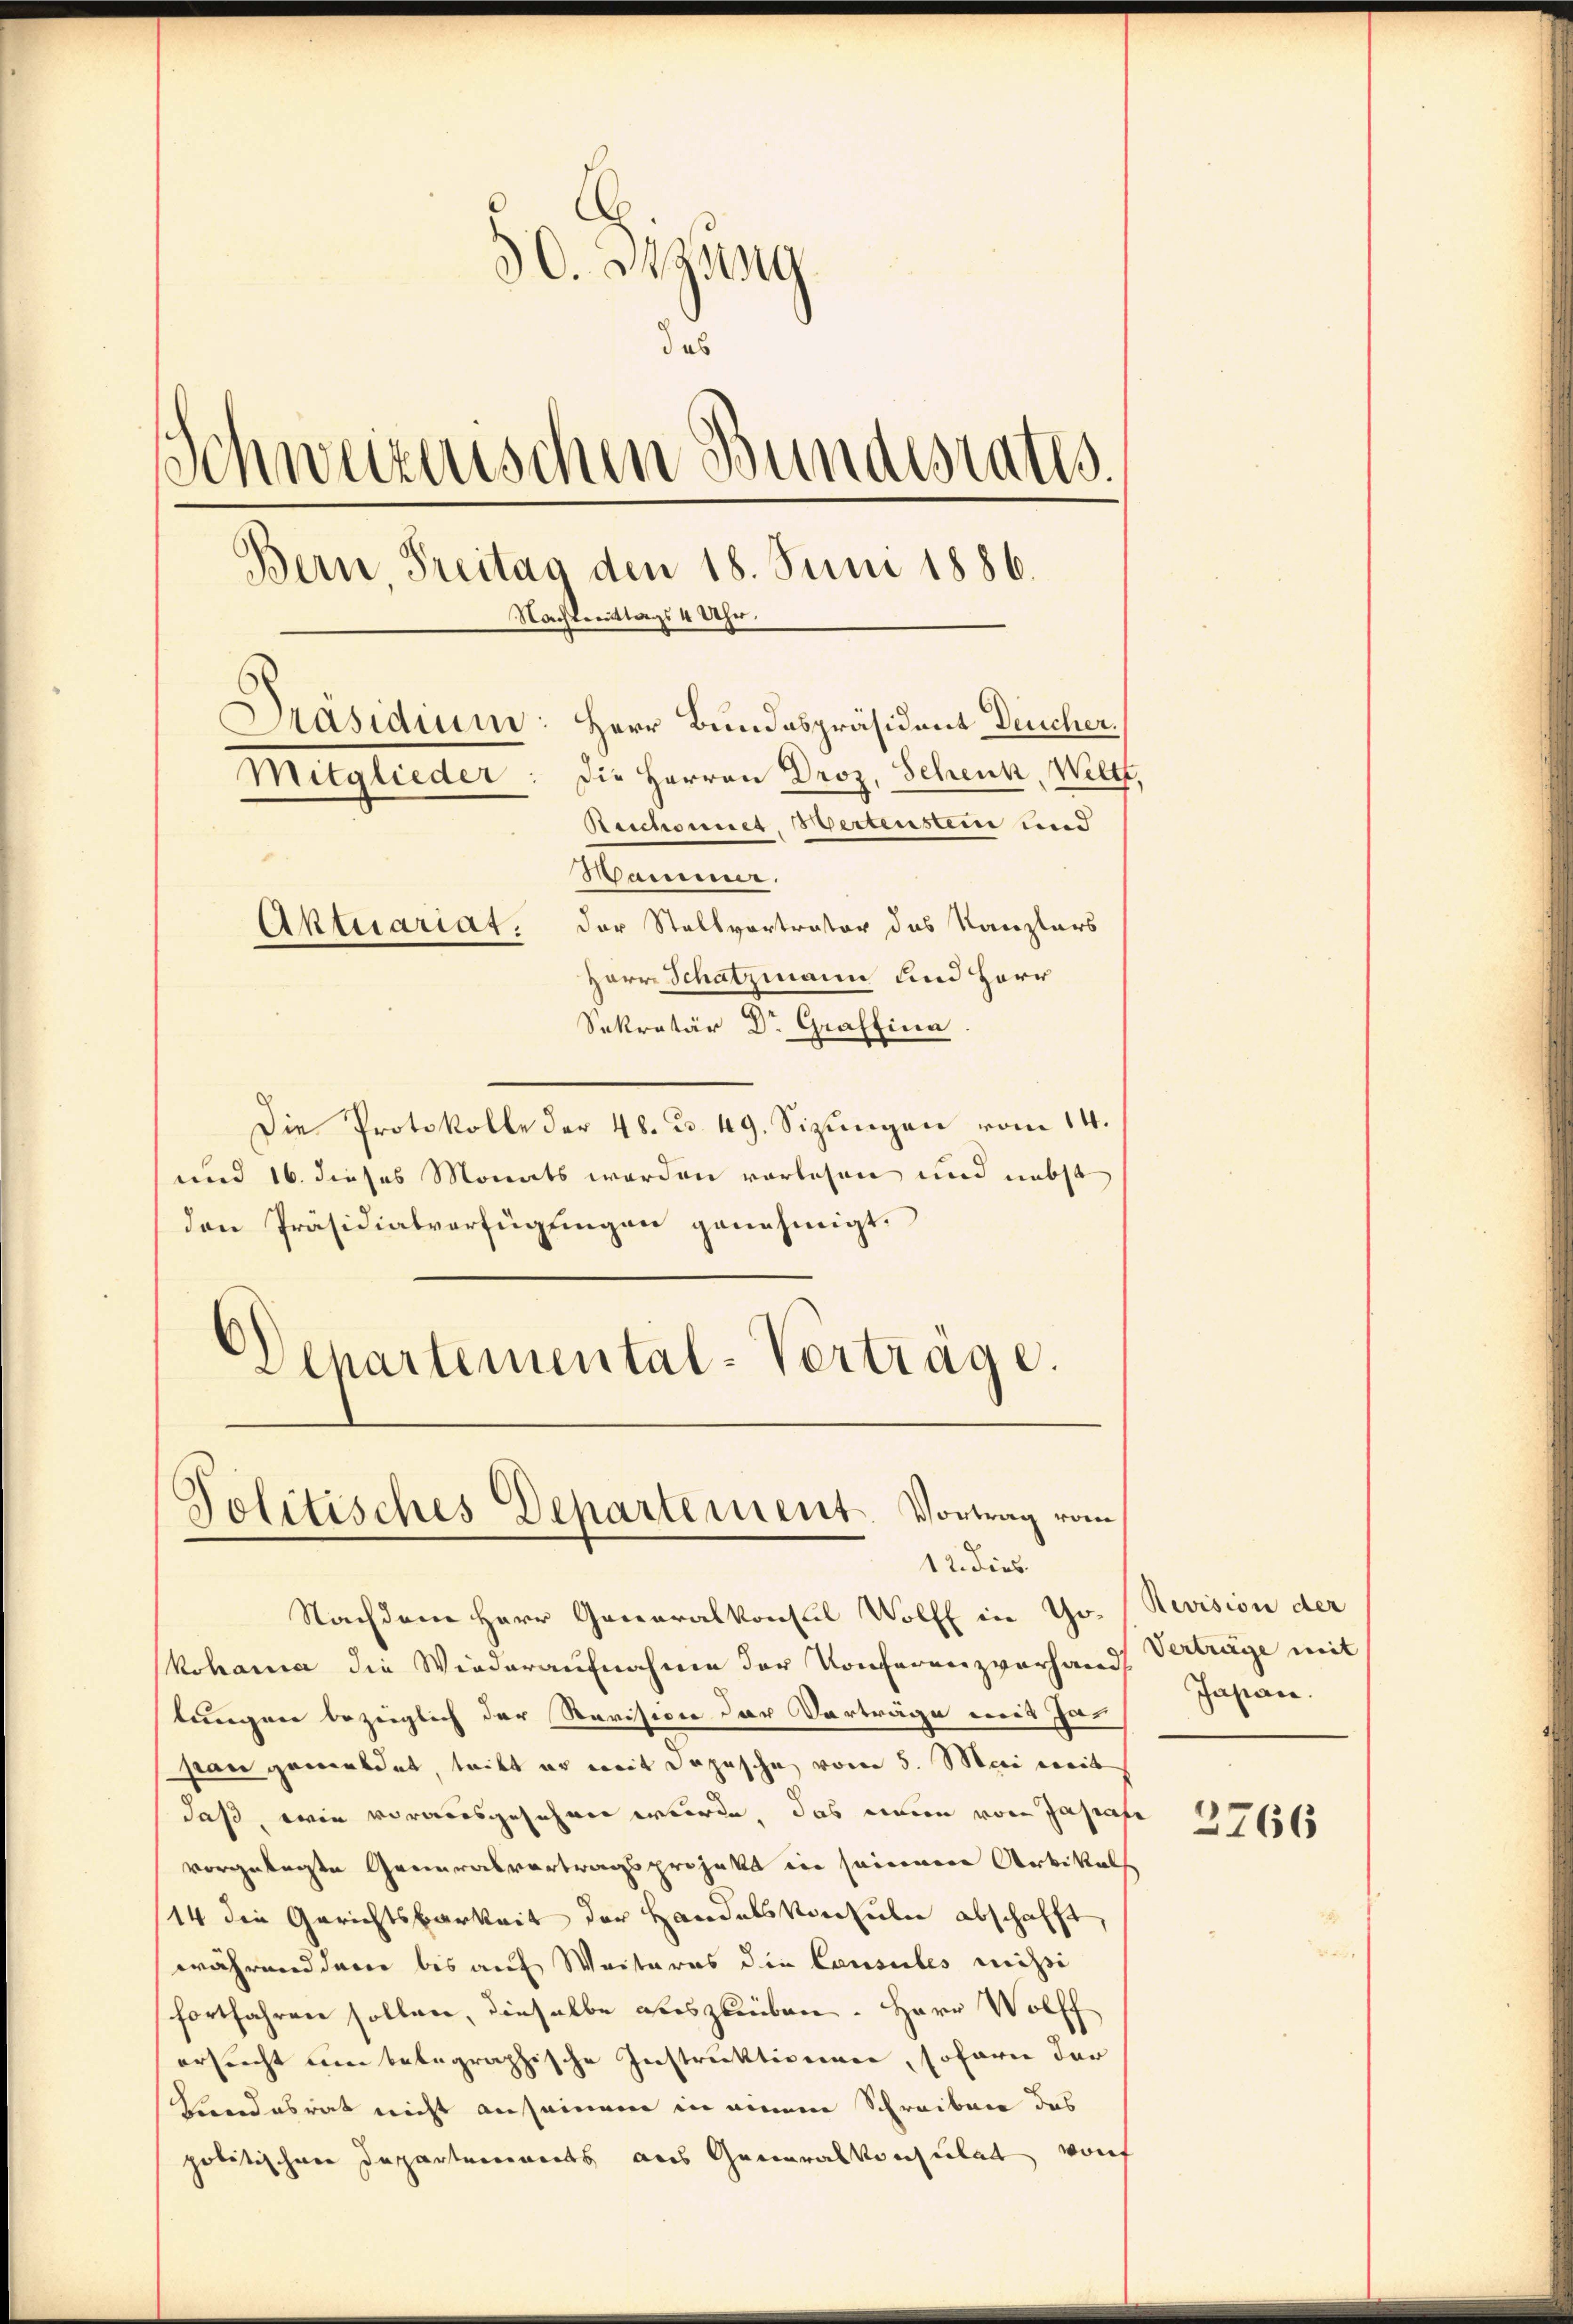
30. Dezung
das
Schweizerischen Bundesrates.
Bern, Freitag den 18. Juni 1886.
Nachtmittags 4 Uhr.
Präsidium: Herr Bundespräsident Deucher,
Mitglieder: Die Herren Droz. Schenk, Weltz,
Reichonnet Hertenstein und
Mammer.
Aktuariat: der Stellvertrator das Kanzlars
Herr Schatzmann und Herr
Sekretär Dr. Graffina

Die Protokolle der 48. d. 49. Sizungen vom 14.
und 16. dieses Monats werden vorlesen und nebst
den Präsidialverfügungen genehmigt.
Departemental-Vertrage.

Politisches Departement. Vortrag vom
12. dies

Nachdem Herr Generalkonsul Wolff in Gr. Revision der
kohama die Wiederaufnahme der Konferenzvorhand
lungen bezeiglich der Revision der Vorträge mit Ja
pan gemeldet, tritt er mit Depesche vom 5. Mai weit
daß, wie vorausgesehnen werde, das einen vom Jasente
vorgetragsten Generalvertragsprojekt ein seinenere Arbittels
14 die Gerichtsbarkeit der Handelskonsulen abschafft,
während dere bis auf Weiteres die Causules missi
fortfahren sollen, dieselbe auszuüben. Herr Wolff
ersucht um belegraphische Instruktionen, sofern der
Landesrat nicht ansammene in einem Schreiben das
politischen Departements aus Generalkonsulat von

Verträge mit
Japan.

3766